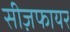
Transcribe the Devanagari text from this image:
सीज़फायर